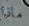
ماذا